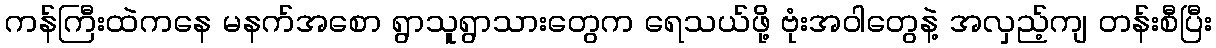
ကန်ကြီးထဲကနေ မနက်အစော ရွာသူရွာသားတွေက ရေသယ်ဖို့ ဗုံးအဝါတွေနဲ့ အလှည့်ကျ တန်းစီပြီး